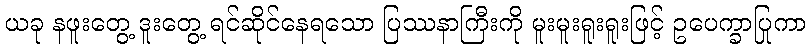
ယခု နဖူးတွေ့ ဒူးတွေ့ ရင်ဆိုင်နေရသော ပြဿနာကြီးကို မူးမူးရူးရူးဖြင့် ဥပေက္ခာပြုကာ